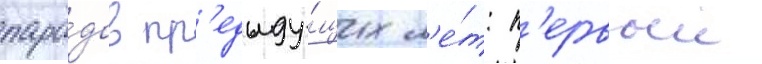
пара́дов пр'едыду́щих л'е́т: п'ервыи